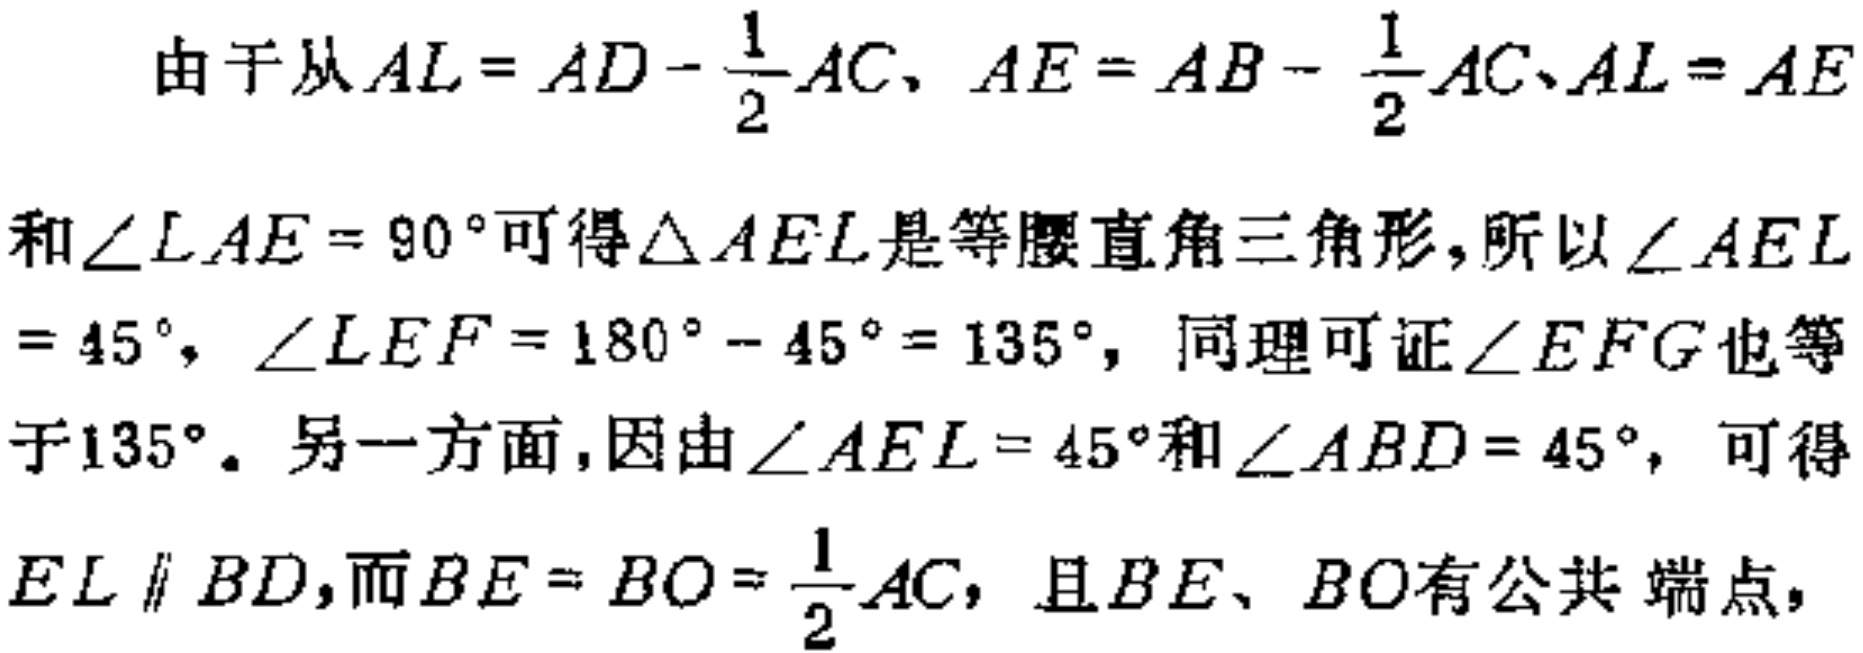
由于从\(AL = AD - \frac{1}{2}AC\)、\(AE = AB - \frac{1}{2}AC\)、\(AL = AE\)和\(\angle LAE = 90^{\circ}\)可得\(\triangle AEL\)是等腰直角三角形，所以\(\angle AEL = 45^{\circ}\)，\(\angle LEF = 180^{\circ} - 45^{\circ} = 135^{\circ}\)，同理可证\(\angle EFG\)也等于\(135^{\circ}\)。另一方面，因由\(\angle AEL = 45^{\circ}\)和\(\angle ABD = 45^{\circ}\)，可得\(EL \parallel BD\)，而\(BE = BO = \frac{1}{2}AC\)，且\(BE\)、\(BO\)有公共 端点，